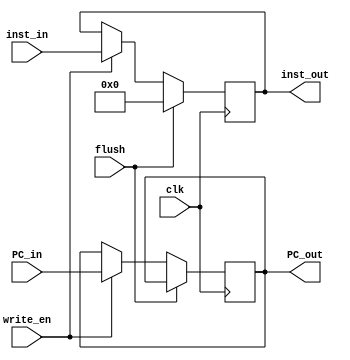
module IF_ID_regf(PC_out,inst_out,PC_in, inst_in, write_en, flush, clk);
input write_en, flush, clk;
input [31:0] PC_in, inst_in;
output [31:0] PC_out, inst_out;


reg [31:0] PC_out, inst_out;
always @(posedge clk)
begin
    if(flush==1'b1) inst_out=32'b00000000000000000000000000000000;
    else if(write_en==1'b0) ;
    else begin
    
    PC_out=PC_in;
    inst_out=inst_in;
    
    end
end



endmodule